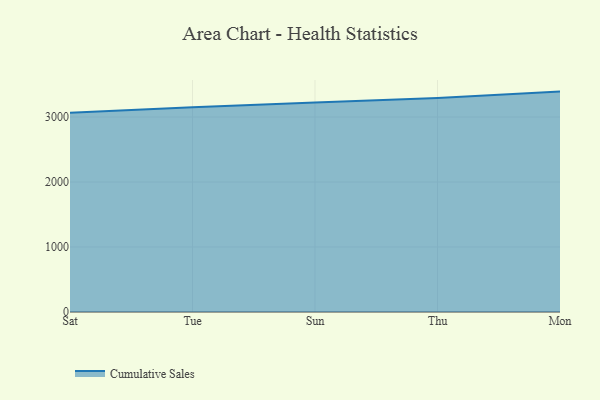
{"axis": {"x": "Day", "y": "Market Share (%)"}, "legend": ["Cumulative Sales"], "data": [{"x": "Sat", "y": 3065.6, "type": "Cumulative Sales"}, {"x": "Tue", "y": 3151.2, "type": "Cumulative Sales"}, {"x": "Sun", "y": 3222.0, "type": "Cumulative Sales"}, {"x": "Thu", "y": 3291.9, "type": "Cumulative Sales"}, {"x": "Mon", "y": 3390.6, "type": "Cumulative Sales"}]}